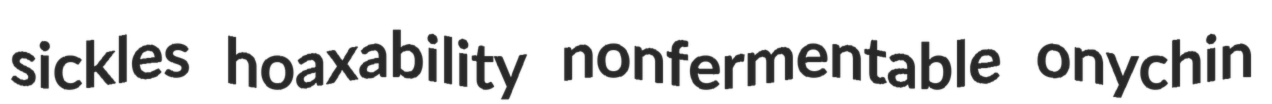
sickles hoaxability nonfermentable onychin